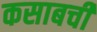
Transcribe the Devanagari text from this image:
कसाबची